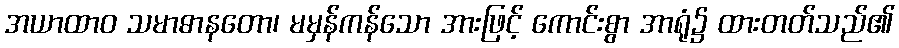
အယာထာဝ သမာဓာနတော၊ မမှန်ကန်သော အားဖြင့် ကောင်းစွာ အာရုံ၌ ထားတတ်သည်၏